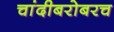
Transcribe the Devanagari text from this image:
चांदीबरोबरच